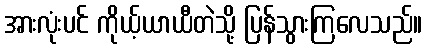
အားလုံးပင် ကိုယ့်ယာယီတဲသို့ ပြန်သွားကြလေသည်။